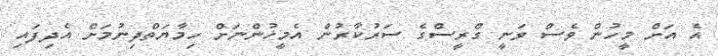
އެ އަށް މީހުން ވެސް ވަނީ ގްރީސްގެ ސަރުކާރުން އެމީހުންނަށް ހިމާޔަތްދިނުމަށް އެދިފައި